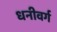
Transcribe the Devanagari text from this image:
धनीवर्ग